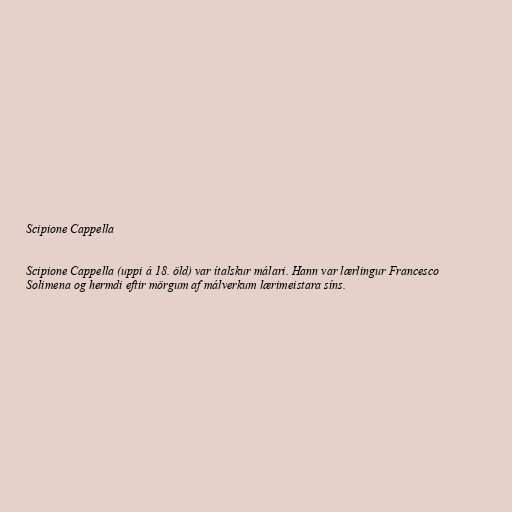
Scipione Cappella

Scipione Cappella (uppi á 18. öld) var ítalskur málari. Hann var lærlingur Francesco
Solimena og hermdi eftir mörgum af málverkum lærimeistara síns.